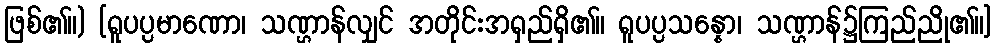
ဖြစ်၏။) [ရူပပ္ပမာဏော၊ သဏ္ဌာန်လျှင် အတိုင်းအရှည်ရှိ၏။ ရူပပ္ပသန္နော၊ သဏ္ဌာန်၌ကြည်ညို၏။]